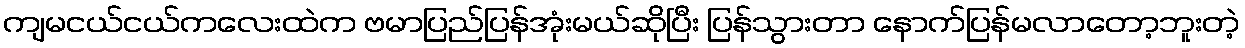
ကျမငယ်ငယ်ကလေးထဲက ဗမာပြည်ပြန်အုံးမယ်ဆိုပြီး ပြန်သွားတာ နောက်ပြန်မလာတော့ဘူးတဲ့